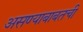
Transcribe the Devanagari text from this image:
असण्याबाबतची